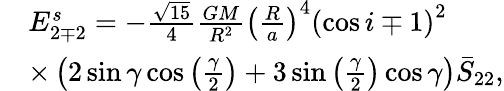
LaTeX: \begin{array}{rl}&{E_{2\mp 2}^{s}=-\frac{\sqrt{15}}{4}\frac{GM}{R^{2}}\left(\frac{R}{a}\right)^{4}\left(\cos i\mp 1\right)^{2}}\\ &{\times\left(2\sin\gamma\cos\left(\frac{\gamma}{2}\right)+3\sin\left(\frac{\gamma}{2}\right)\cos\gamma\right)\bar{S}_{22},}\end{array}